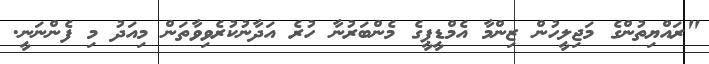
"ރައްޔިތުންގެ މަޖިލީހުން ޒިންމާ އެމްޑީޕީގެ މެންބަރުނާ ހުރެ އަދާނުކުރެވިވާތަން މިއަދު މި ފެންނަނީ.